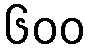
၆၀၀